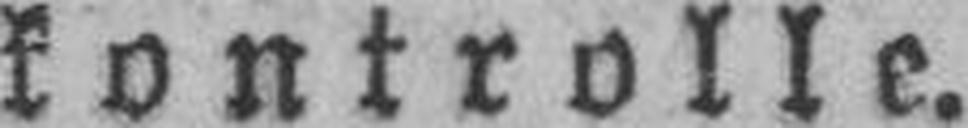
kontrolle.